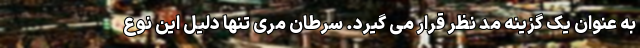
به عنوان یک گزینه مد نظر قرار می گیرد. سرطان مری تنها دلیل این نوع